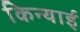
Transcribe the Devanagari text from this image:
किन्याई